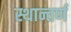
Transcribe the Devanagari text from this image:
स्थान्तर्ण